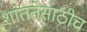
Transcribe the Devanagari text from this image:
शांततेसाठीच